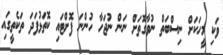
ވަކި މީހަކަށް ނިސްބަތް ނުވާގޮތަށް ނަން ނުޖަހާ ހުންނަ ފޮށްޓައި ކޮތަޅުފަދަ ތަކެތީގައި